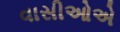
વાસીઓએ